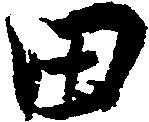
田